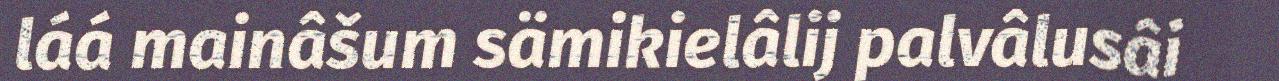
láá mainâšum sämikielâlij palvâlusâi